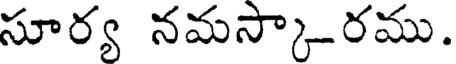
సూర్య నమస్కా-రము.